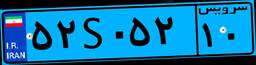
۵۲S۰۵۲۱۰